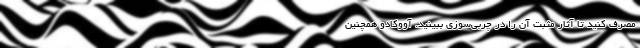
مصرف کنید تا آثار مثبت آن را در چربی‌سوزی ببینید. آووکادو همچنین